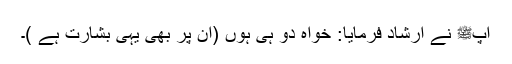
آپﷺ نے ارشاد فرمایا: خواہ دو ہی ہوں (ان پر بھی یہی بشارت ہے )۔